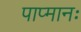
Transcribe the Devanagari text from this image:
पाप्मानः